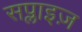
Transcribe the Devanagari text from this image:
सप्लाइज़